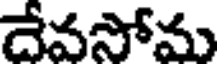
దేవసోమ